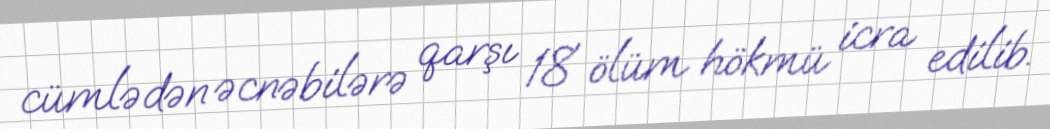
cümlədən əcnəbilərə qarşı 18 ölüm hökmü icra edilib.